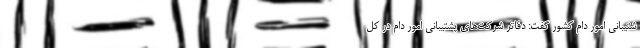
شتیبانی امور دام کشور گفت: دفاتر شرکت‌های پشتیبانی امور دام در کل